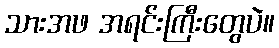
သားအဖ အရင်းကြီးတွေပဲ။